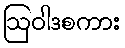
ဩဝါဒစကား